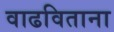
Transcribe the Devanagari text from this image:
वाढविताना